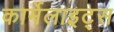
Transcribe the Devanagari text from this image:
कार्मेलाइट्स